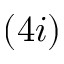
( 4 i )